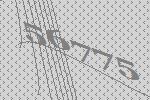
56775